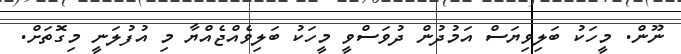
ނޫން. މީހަކު ބަލިވިޔަސް އަމުދުން ދުވަސްވީ މީހަކު ބަލިވެއްޖެއްޔާ މި އުފުލަނީ މިގޮތަށް.